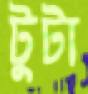
টুটা